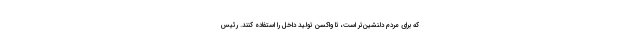
که برای مردم دلنشین‌تر است، تا واکسن تولید داخل را استفاده کنند. رئیس